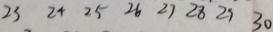
2 3 2 4 2 5 2 6 2 7 2 8 2 9 3 0